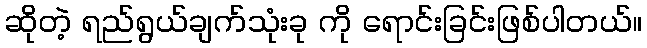
ဆိုတဲ့ ရည်ရွယ်ချက်သုံးခု ကို ရောင်းခြင်းဖြစ်ပါတယ်။